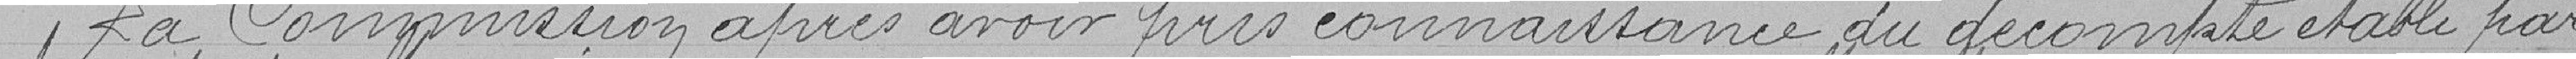
La Commission, après avoir pris connaissance du décompte établi par